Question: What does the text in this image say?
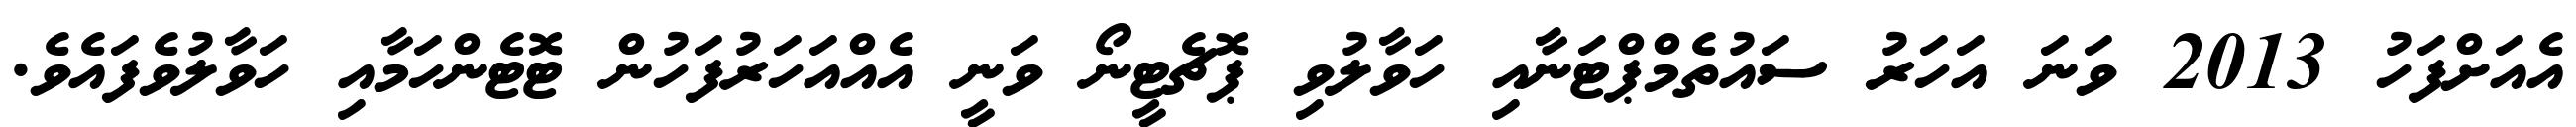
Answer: އެއަށްފަހު 2013 ވަނަ އަހަރު ސައުތެމްޕްޓަނާއި ހަވާލުވި ޕޮޗެޓީނޯ ވަނީ އެއްއަހަރުފަހުން ޓޮޓެންހަމާއި ހަވާލުވެފައެވެ.